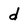
Character: d